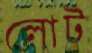
লোট